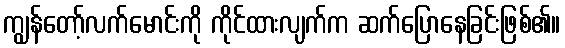
ကျွန်တော့်လက်မောင်းကို ကိုင်ထားလျက်က ဆက်ပြောနေခြင်းဖြစ်၏။